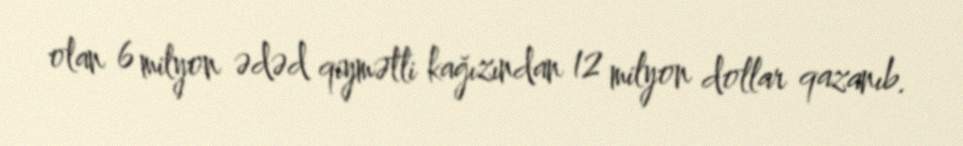
olan 6 milyon ədəd qiymətli kağızından 12 milyon dollar qazanıb.